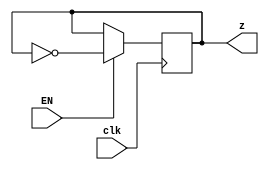
module SM(clk,EN,z);
    input clk,EN;
    output z;

    reg z;

    always @(negedge clk) begin
        if(EN) z <= ~z;
    end

endmodule //SM